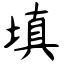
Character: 填